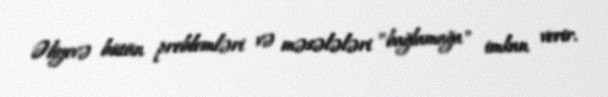
Əliyevə bütün problemləri və məsələləri ”bağlamağa" imkan verir.